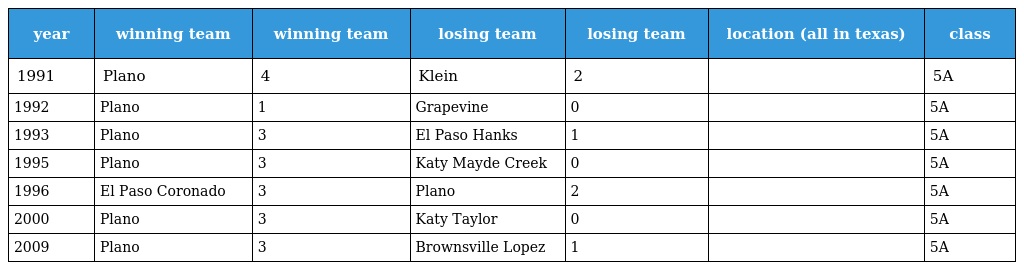
| year | winning team | winning team | losing team | losing team | location (all in texas) | class |
 | --- | --- | --- | --- | --- | --- | --- |
 | 1991 | Plano | 4 | Klein | 2 |  | 5A |
 | 1992 | Plano | 1 | Grapevine | 0 |  | 5A |
 | 1993 | Plano | 3 | El Paso Hanks | 1 |  | 5A |
 | 1995 | Plano | 3 | Katy Mayde Creek | 0 |  | 5A |
 | 1996 | El Paso Coronado | 3 | Plano | 2 |  | 5A |
 | 2000 | Plano | 3 | Katy Taylor | 0 |  | 5A |
 | 2009 | Plano | 3 | Brownsville Lopez | 1 |  | 5A |